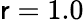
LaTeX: \mathsf{r}=1.0